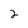
Character: 2